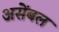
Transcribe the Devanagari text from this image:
असेंबल